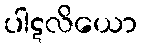
ပါဋလိယော